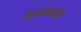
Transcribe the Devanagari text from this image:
इलाक्यात